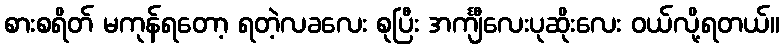
စားစရိတ် မကုန်ရတော့ ရတဲ့လခလေး စုပြီး အင်္ကျီလေးပုဆိုးလေး ဝယ်လို့ရတယ်။